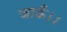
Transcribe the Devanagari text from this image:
जाऊँ।।